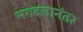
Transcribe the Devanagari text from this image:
भगदत्तानंतर